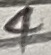
Text: 4